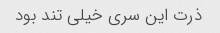
ذرت این سری خیلی تند بود